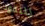
للنقود